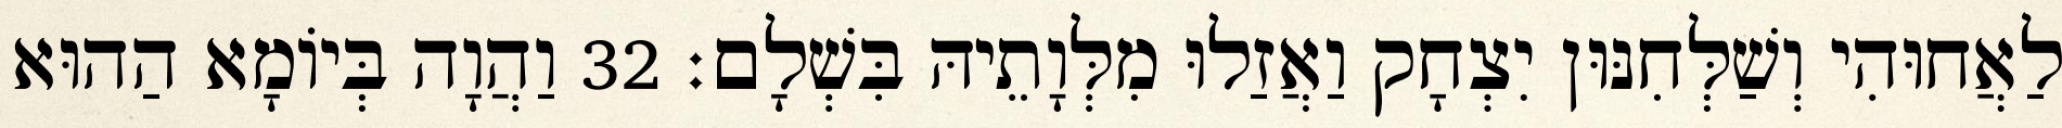
לַאֲחוּהִי וְשַׁלְּחִנּוּן יִצְחָק וַאֲזַלוּ מִלְּוָתֵיהּ בִּשְׁלָם׃ 32 וַהֲוָה בְּיוֹמָא הַהוּא